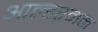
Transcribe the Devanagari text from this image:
आल्डरमन